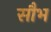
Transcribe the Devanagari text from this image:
सौभ